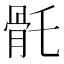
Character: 𩨛